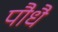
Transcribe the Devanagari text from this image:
पौधै